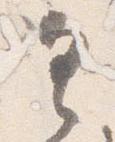
具